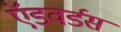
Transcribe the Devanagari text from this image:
ऍडवर्डस